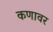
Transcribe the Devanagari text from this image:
कणावर